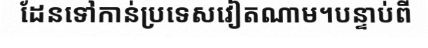
ដែនទៅកាន់ប្រទេសវៀតណាម។បន្ទាប់ពី